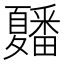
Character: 𭐲